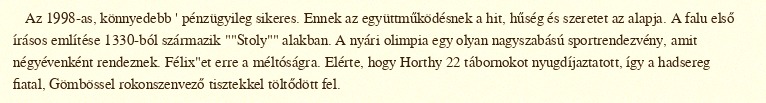
Az 1998-as, könnyedebb ' pénzügyileg sikeres. Ennek az együttműködésnek a hit, hűség és szeretet az alapja. A falu első írásos említése 1330-ból származik ""Stoly"" alakban. A nyári olimpia egy olyan nagyszabású sportrendezvény, amit négyévenként rendeznek. Félix"et erre a méltóságra. Elérte, hogy Horthy 22 tábornokot nyugdíjaztatott, így a hadsereg fiatal, Gömbössel rokonszenvező tisztekkel töltődött fel.